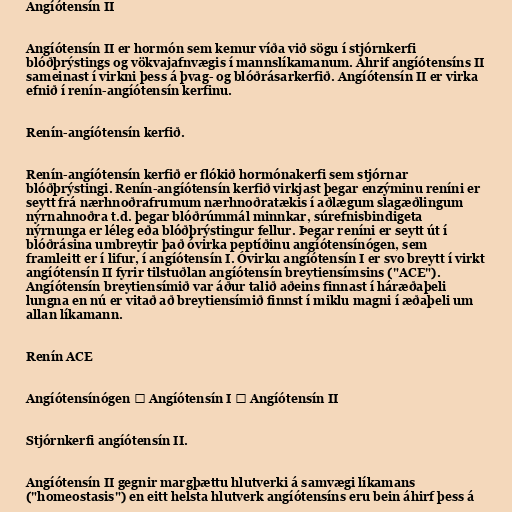
Angíótensín II

Angíótensín II er hormón sem kemur víða við sögu í stjórnkerfi
blóðþrýstings og vökvajafnvægis í mannslíkamanum. Áhrif angíótensíns II
sameinast í virkni þess á þvag- og blóðrásarkerfið. Angíótensín II er virka
efnið í renín-angíótensín kerfinu.

Renín-angíótensín kerfið.

Renín-angíótensín kerfið er flókið hormónakerfi sem stjórnar
blóðþrýstingi. Renín-angíótensín kerfið virkjast þegar enzýminu reníni er
seytt frá nærhnoðrafrumum nærhnoðratækis í aðlægum slagæðlingum
nýrnahnoðra t.d. þegar blóðrúmmál minnkar, súrefnisbindigeta
nýrnunga er léleg eða blóðþrýstingur fellur. Þegar reníni er seytt út í
blóðrásina umbreytir það óvirka peptíðinu angíótensínógen, sem
framleitt er í lifur, í angíótensín I. Óvirku angíótensín I er svo breytt í virkt
angíótensín II fyrir tilstuðlan angíótensín breytiensímsins ("ACE").
Angíótensín breytiensímið var áður talið aðeins finnast í háræðaþeli
lungna en nú er vitað að breytiensímið finnst í miklu magni í æðaþeli um
allan líkamann.

Renín ACE

Angíótensínógen → Angíótensín I → Angíótensín II

Stjórnkerfi angíótensín II.

Angíótensín II gegnir margþættu hlutverki á samvægi líkamans
("homeostasis") en eitt helsta hlutverk angíótensíns eru bein áhirf þess á